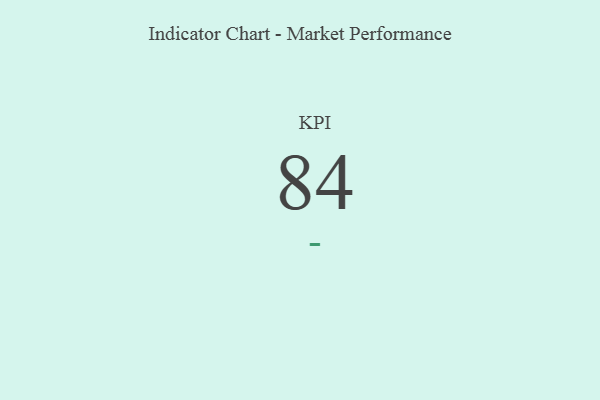
{"axis": {"x": "KPI", "y": "Value"}, "legend": [""], "data": [{"x": "KPI", "y": 84, "type": ""}]}